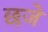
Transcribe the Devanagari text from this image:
छजे